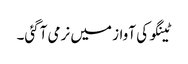
ٹینگو کی آواز میں نرمی آگئی۔